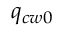
q _ { c w 0 }